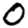
Digit: 0